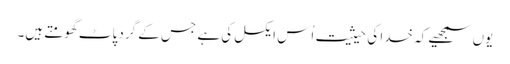
یوں سمجھیے کہ خدا کی حیثیت اُس ایکسل کی ہے جس کے گرد پاٹ گھومتے ہیں۔